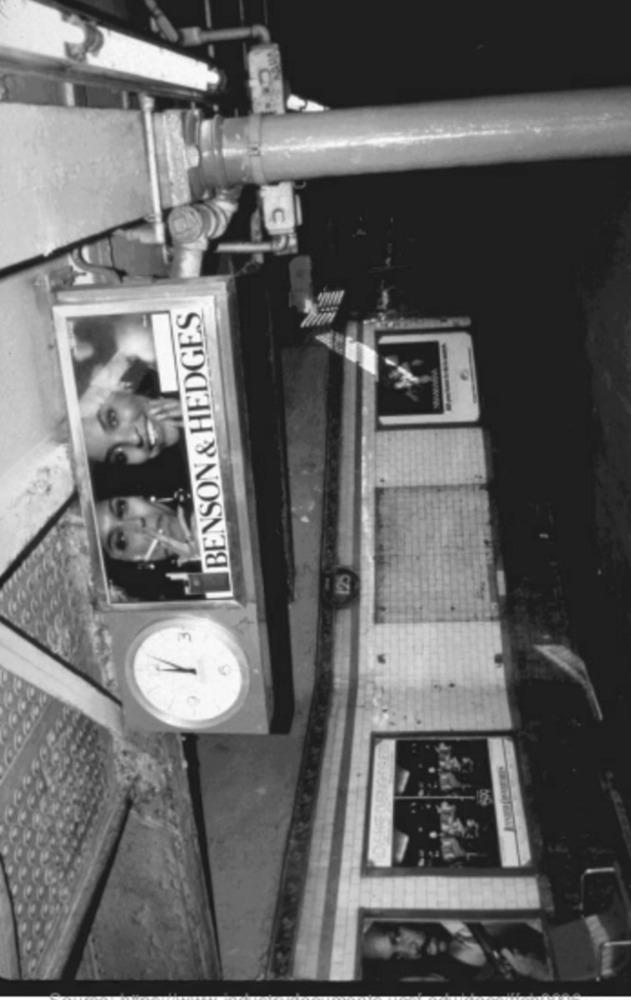
C
BENSON & HEDGES